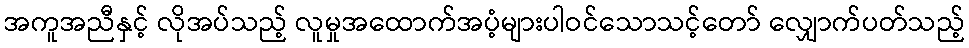
အကူအညီနှင့် လိုအပ်သည့် လူမှုအထောက်အပံ့များပါဝင်သောသင့်တော် လျှောက်ပတ်သည့်